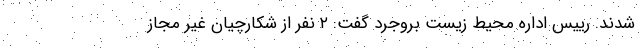
شدند. رییس اداره محیط زیست بروجرد گفت: ۲ نفر از شکارچیان غیر مجاز